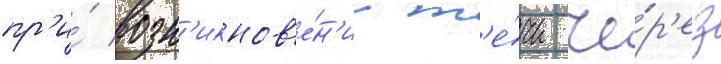
пр'и́ возн'икнов'е́н'ии т'е́чи че́р'ез